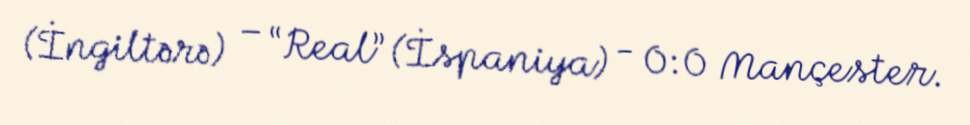
(İngiltərə) – “Real” (İspaniya) - 0:0 Mançester.